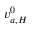
v _ { a , H } ^ { 0 }